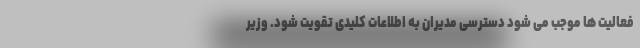
فعالیت ها موجب می شود دسترسی مدیران به اطلاعات کلیدی تقویت شود. وزیر